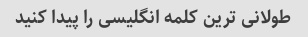
طولانی ترین کلمه انگلیسی را پیدا کنید